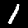
Label: 1